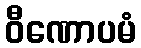
ဝီဏောပမံ